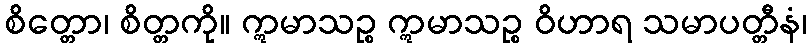
စိတ္တော၊ စိတ္တကို။ ဣမာသဉ္စ ဣမာသဉ္စ ဝိဟာရ သမာပတ္တီနံ၊